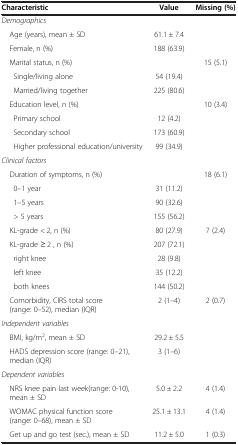
<table><thead><tr><td><b>Characteristic</b></td><td><b>Value</b></td><td><b>Missing (%)</b></td></tr></thead><tbody><tr><td><i>Demographics</i></td><td> </td><td> </td></tr><tr><td> Age (years), mean ± SD</td><td>61.1 ± 7.4</td><td> </td></tr><tr><td> Female, n (%)</td><td>188 (63.9)</td><td> </td></tr><tr><td> Marital status, n (%)</td><td> </td><td rowspan="3">15 (5.1)</td></tr><tr><td>Single/living alone</td><td>54 (19.4)</td></tr><tr><td>Married/living together</td><td>225 (80.6)</td></tr><tr><td> Education level, n (%)</td><td> </td><td rowspan="4">10 (3.4)</td></tr><tr><td>Primary school</td><td>12 (4.2)</td></tr><tr><td>Secondary school</td><td>173 (60.9)</td></tr><tr><td>Higher professional education/university</td><td>99 (34.9)</td></tr><tr><td><i>Clinical factors</i></td><td> </td><td> </td></tr><tr><td> Duration of symptoms, n (%)</td><td> </td><td rowspan="4">18 (6.1)</td></tr><tr><td>0–1 year</td><td>31 (11.2)</td></tr><tr><td>1–5 years</td><td>90 (32.6)</td></tr><tr><td>&gt; 5 years</td><td>155 (56.2)</td></tr><tr><td> KL-grade &lt; 2, n (%)</td><td>80 (27.9)</td><td rowspan="5">7 (2.4)</td></tr><tr><td> KL-grade ≥ 2 , n (%)</td><td>207 (72.1)</td></tr><tr><td>right knee</td><td>28 (9.8)</td></tr><tr><td>left knee</td><td>35 (12.2)</td></tr><tr><td>both knees</td><td>144 (50.2)</td></tr><tr><td> Comorbidity, CIRS total score (range: 0–52), median (IQR)</td><td>2 (1–4)</td><td>2 (0.7)</td></tr><tr><td><i>Independent variables</i></td><td> </td><td> </td></tr><tr><td> BMI, kg/m<sup>2</sup>, mean ± SD</td><td>29.2 ± 5.5</td><td> </td></tr><tr><td> HADS depression score (range: 0–21), median (IQR)</td><td>3 (1–6)</td><td> </td></tr><tr><td><i>Dependent variables</i></td><td> </td><td> </td></tr><tr><td> NRS knee pain last week(range: 0-10), mean ± SD</td><td>5.0 ± 2.2</td><td>4 (1.4)</td></tr><tr><td> WOMAC physical function score (range: 0–68), mean ± SD</td><td>25.1 ± 13.1</td><td>4 (1.4)</td></tr><tr><td> Get up and go test (sec.), mean ± SD</td><td>11.2 ± 5.0</td><td>1 (0.3)</td></tr></tbody></table>